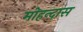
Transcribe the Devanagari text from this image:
मोहन्दास